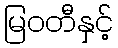
မြဝတီနှင့်